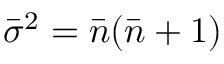
\bar { \sigma } ^ { 2 } = \bar { n } ( \bar { n } + 1 )